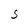
Character: S